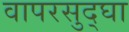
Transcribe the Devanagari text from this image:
वापरसुद्घा